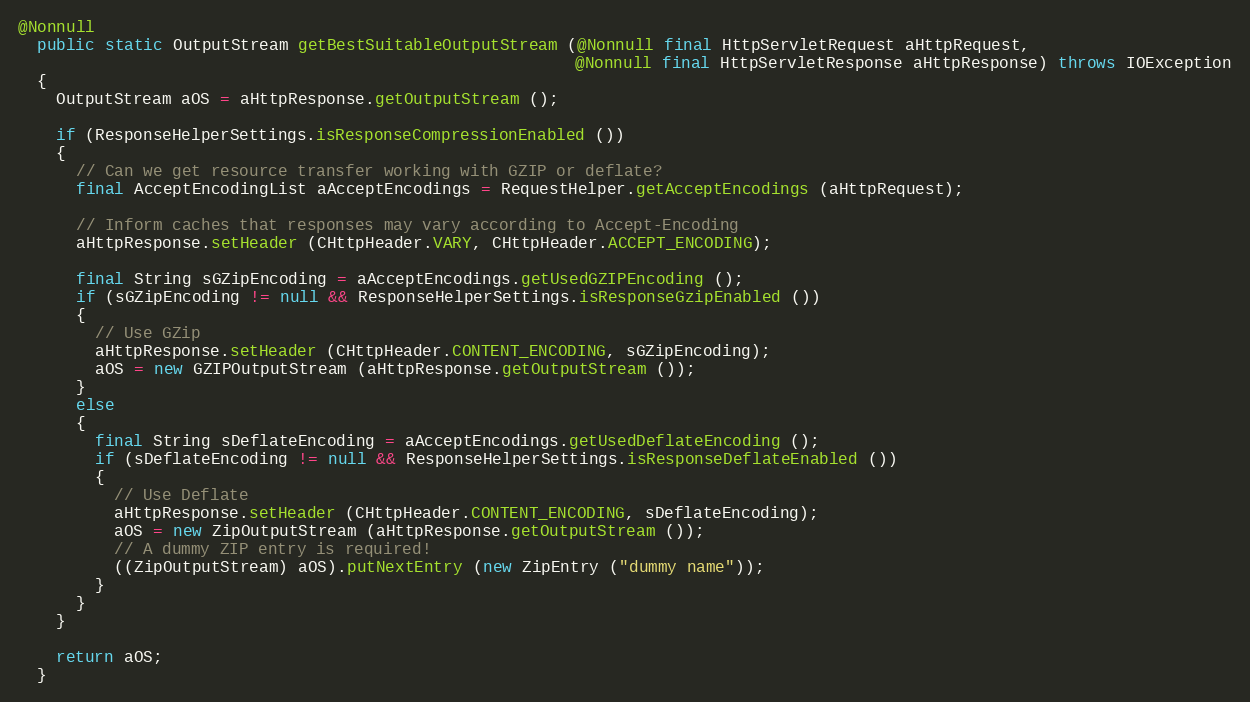
Language: Java
@Nonnull
  public static OutputStream getBestSuitableOutputStream (@Nonnull final HttpServletRequest aHttpRequest,
                                                          @Nonnull final HttpServletResponse aHttpResponse) throws IOException
  {
    OutputStream aOS = aHttpResponse.getOutputStream ();

    if (ResponseHelperSettings.isResponseCompressionEnabled ())
    {
      // Can we get resource transfer working with GZIP or deflate?
      final AcceptEncodingList aAcceptEncodings = RequestHelper.getAcceptEncodings (aHttpRequest);

      // Inform caches that responses may vary according to Accept-Encoding
      aHttpResponse.setHeader (CHttpHeader.VARY, CHttpHeader.ACCEPT_ENCODING);

      final String sGZipEncoding = aAcceptEncodings.getUsedGZIPEncoding ();
      if (sGZipEncoding != null && ResponseHelperSettings.isResponseGzipEnabled ())
      {
        // Use GZip
        aHttpResponse.setHeader (CHttpHeader.CONTENT_ENCODING, sGZipEncoding);
        aOS = new GZIPOutputStream (aHttpResponse.getOutputStream ());
      }
      else
      {
        final String sDeflateEncoding = aAcceptEncodings.getUsedDeflateEncoding ();
        if (sDeflateEncoding != null && ResponseHelperSettings.isResponseDeflateEnabled ())
        {
          // Use Deflate
          aHttpResponse.setHeader (CHttpHeader.CONTENT_ENCODING, sDeflateEncoding);
          aOS = new ZipOutputStream (aHttpResponse.getOutputStream ());
          // A dummy ZIP entry is required!
          ((ZipOutputStream) aOS).putNextEntry (new ZipEntry ("dummy name"));
        }
      }
    }

    return aOS;
  }